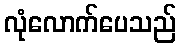
လုံလောက်ပေသည်